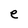
Character: e